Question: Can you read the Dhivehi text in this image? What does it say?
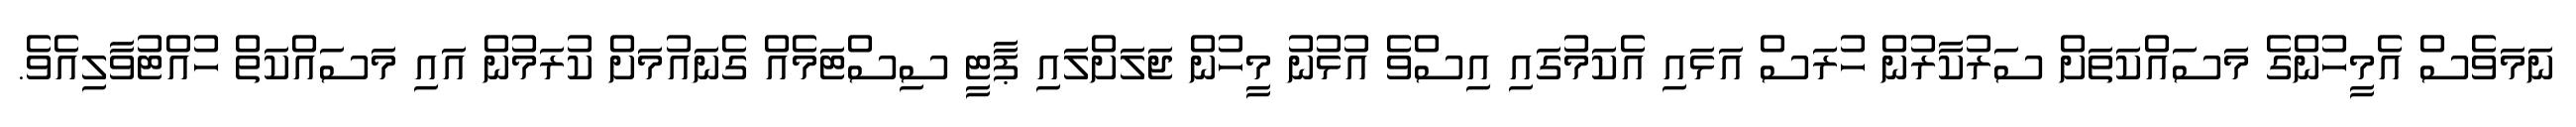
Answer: ނަމަވެސް އެމީހުންގެ މަސައްކަތަށް ސަރުކާރުން ހުރަސް އަޅައި އެކަމުގައި އިސްވެ އުޅުނު މީހުން ޖަލަށްލައި ޕާޓީ ސިސްޓަމެއް ގެނައުމަށް ކުރަމުން އައި މަސައްކަތް ހުއްޓުވާލިއެވެ.